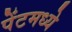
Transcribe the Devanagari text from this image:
पेंटमध्ये